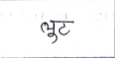
मजकूर: लूट